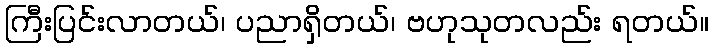
ကြီးပြင်းလာတယ်၊ ပညာရှိတယ်၊ ဗဟုသုတလည်း ရတယ်။